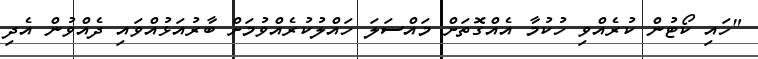
"ހައި ކޯޓުން ކުރެއްވި ހުކުމާ އެއްގޮތަށް މައްސަލަ ހައްލުކުރެއްވުމަށް ބާރުއަޅުއްވައި ދެއްވުން އެދި